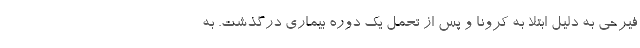
فیرحی به دلیل ابتلا به کرونا و پس از تحمل یک دوره بیماری درگذشت. به